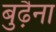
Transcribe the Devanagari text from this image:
बुढ़ैना